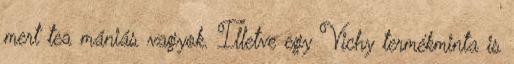
mert tea mániás vagyok. Illetve egy Vichy termékminta is